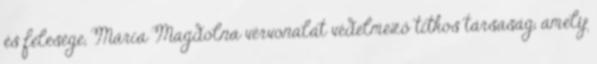
és felesége, Mária Magdolna vérvonalát védelmező titkos társaság, amely